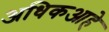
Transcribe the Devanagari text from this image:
अधिकआहे